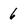
Character: 6